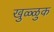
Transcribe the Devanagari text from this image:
खुळ्ळुक